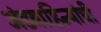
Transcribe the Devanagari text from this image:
अंडवाहिन्यांची